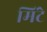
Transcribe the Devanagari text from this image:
मिंटे